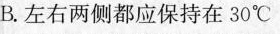
B.左右两侧都应保持在30℃